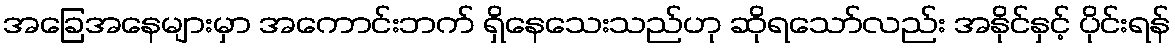
အခြေအနေများမှာ အကောင်းဘက် ရှိနေသေးသည်ဟု ဆိုရသော်လည်း အနိုင်နှင့် ပိုင်းရန်